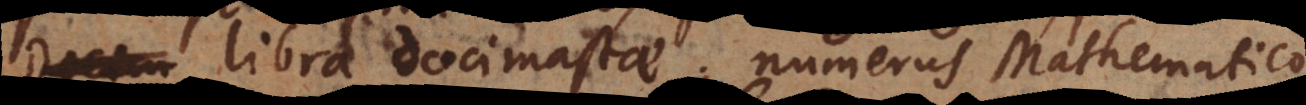
libra docimastae, numerus Mathematico,